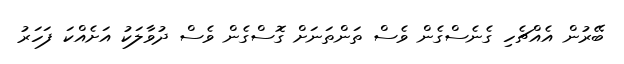
ބޭރުން އެއްޗެހި ގެނެސްގެން ވެސް ތަންތަނަށް ގޮސްގެން ވެސް ދުވާލަކު އަށެއްކަ ފަހަރު